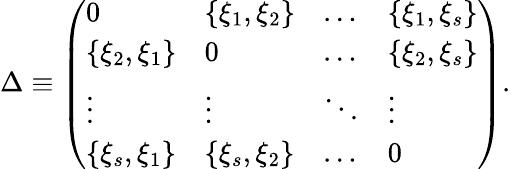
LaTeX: \Delta\equiv\left(\begin{array}{llll}{{0}}&{{\{ \xi_{1},\xi_{2}\} }}&{{\ldots}}&{{\{ \xi_{1},\xi_{s}\} }}\\ {{\{ \xi_{2},\xi_{1}\} }}&{{0}}&{{\ldots}}&{{\{ \xi_{2},\xi_{s}\} }}\\ {{\vdots}}&{{\vdots}}&{{\ddots}}&{{\vdots}}\\ {{\{ \xi_{s},\xi_{1}\} }}&{{\{ \xi_{s},\xi_{2}\} }}&{{\ldots}}&{{0}}\end{array}\right).